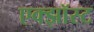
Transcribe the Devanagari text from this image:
एक्झॉस्ट